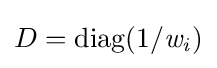
D={\text{diag}}(1/{\it {{w}_{i})}}